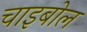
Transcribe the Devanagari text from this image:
चाइबोल